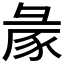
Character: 𢑡